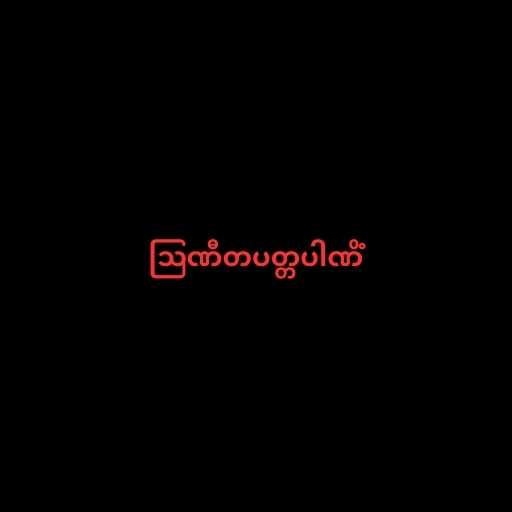
ဩဏီတပတ္တပါဏိံ